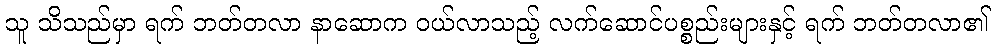
သူ သိသည်မှာ ရက် ဘတ်တလာ နာဆောက ဝယ်လာသည့် လက်ဆောင်ပစ္စည်းများနှင့် ရက် ဘတ်တလာ၏